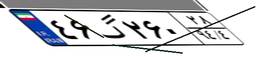
۴۶گ۲۶۰۲۸